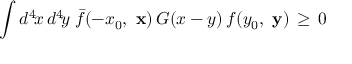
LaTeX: \int d ^ { 4 } \! x \, d ^ { 4 } \! y \; \bar { f } ( - x _ { 0 } , \mathrm { \bf ~ x } ) \, G ( x - y ) \, f ( y _ { 0 } , \mathrm { \bf ~ y } ) \, \ge \, 0